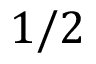
1 / 2